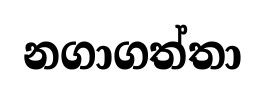
නගාගත්තා